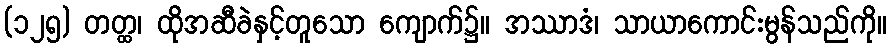
(၁၂၅) တတ္ထ၊ ထိုအဆီခဲနှင့်တူသော ကျောက်၌။ အဿာဒံ၊ သာယာကောင်းမွန်သည်ကို။